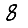
Digit: 8